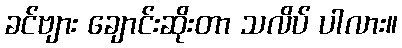
ခင်ဗျား ချောင်းဆိုးတာ သလိပ် ပါလား။